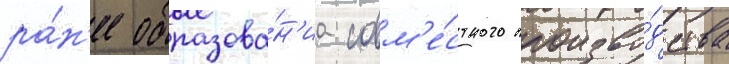
ра́н'ее образова́н'иа совм'е́стного произво́дства